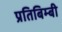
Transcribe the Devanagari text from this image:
प्रतिबिम्बी